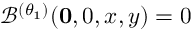
\mathcal { B } ^ { ( \theta _ { 1 } ) } ( \mathbf { 0 } , 0 , x , y ) = 0